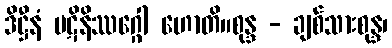
ဒိဋ္ဌီနံ ပဋိနိဿဂ္ဂေါ ဟောတိ။စုန္ဒ - ချစ်သားစုန္ဒ၊